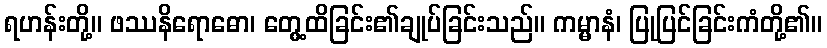
ရဟန်းတို့။ ဖဿနိရောဓော၊ တွေ့ထိခြင်း၏ချုပ်ခြင်းသည်။ ကမ္မာနံ၊ ပြုပြင်ခြင်းကံတို့၏။